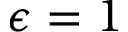
\epsilon = 1